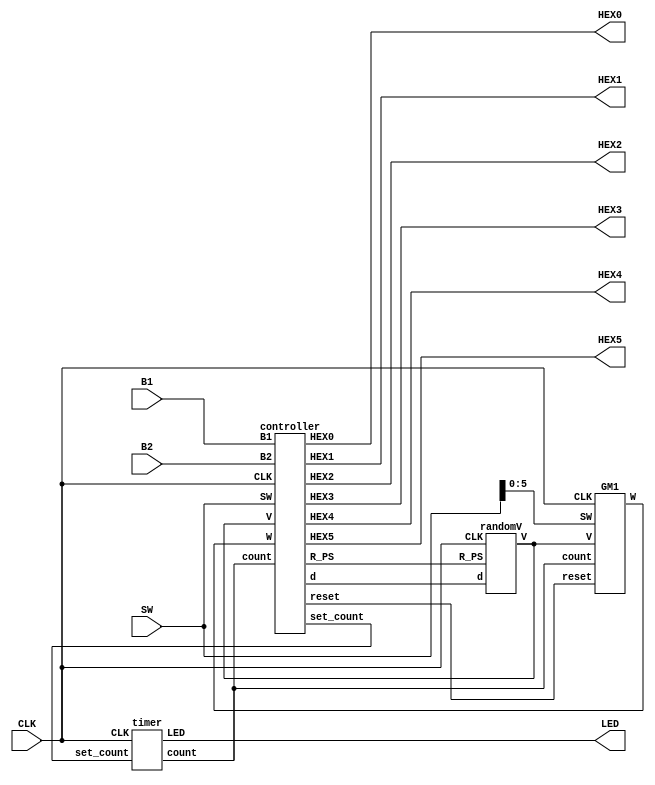
module Game_trinity (SW, B1, B2, CLK, LED, HEX0, HEX1, HEX2, HEX3, HEX4, HEX5);
input [9:0] SW;
input B1, CLK, B2; 
output [0:6] HEX0, HEX1, HEX2, HEX3, HEX4, HEX5;
output [9:0] LED;
wire [17:0] V;
wire [3:0] count, set_count, d;
wire W, sp, R_PS, reset;

randomV vector (R_PS, d, CLK, V);	
timer t (set_count, CLK, count, LED);													//main code
GM1 G (reset, SW[5:0], count, CLK, V, W); 		
controller CC (V, B1, B2, W, CLK, count, SW[9:0], set_count, R_PS, reset, d, HEX0, HEX1, HEX2, HEX3, HEX4, HEX5);

endmodule


module controller(V, B1, B2, W, CLK, count, SW, set_count, R_PS, reset, d, HEX0, HEX1, HEX2, HEX3, HEX4, HEX5);
input [17:0] V;
input [9:0] SW;
input [3:0] count;
input B1, B2, W, CLK;
output reg R_PS, reset;
output reg [3:0] set_count, d;
output reg [0:6] HEX0, HEX1, HEX2, HEX3, HEX4, HEX5;
parameter [2:0] S0 = 3'd0, S1 = 3'd1, S2 = 3'd2, S3 = 3'd3;
reg cp = 0, ON_c, off_c = 0, slow_clk, SCLK, sp = 0, ON_s, off_s = 0, S = 0, T = 0;
reg [3:0] Hscore_1 = 4'd0, Hscore_2 = 4'd0, Hscore_3 = 4'd0, Hscore_4 = 4'd0, read, x, score = 4'd0;
reg [1:0] PS = S0, NS;
integer count_c = 0;
integer count_s = 0;

always @ (score, PS, SW[7], SW[6])
begin 
	if(score == 4'd0 & PS == S0 & SW[7] == 0 & SW[6] == 0) begin x = 4'd2; d = 4'd1; end 		//difficulty - 1  
	else if(score == 4'd0 & PS == S0 & SW[7] == 0 & SW[6] == 1) begin x = 4'd4; d = 4'd2; end	//difficulty - 2		time 
	else if(score == 4'd0 & PS == S0 & SW[7] == 1 & SW[6] == 0) begin x = 4'd6; d = 4'd3; end //difficulty - 3		d determines size of the random vector
	else if(score == 4'd0 & PS == S0 & SW[7] == 1 & SW[6] == 1) begin x = 4'd8; d = 4'd4; end //difficulty - 4		x determines the time
end

always @ (posedge CLK)
if (count != 0)  off_c = 0;				//pulse for count
else
begin 
	if (off_c == 0)  ON_c = 1;
	else ON_c = 0;
	
	if ((ON_c == 1) &&  (count_c <5))  
	begin
	 count_c = count_c +1;
	 cp = 1;
	end
	 else if ( (count_c == 5) && (ON_c == 1)) 
	 begin
	  count_c = 0;
	  cp = 0;
	  off_c = 1;
	 end
end


always @ (posedge CLK)
if (S == 0)  off_s = 0;				//pulse for score(S)
else
begin 
	if (off_s == 0)  ON_s = 1;
	else ON_s = 0;
	
	if ((ON_s == 1) &&  (count_s <5))  
	begin
	 count_s = count_s +1;
	 sp = 1;
	end
	 else if ( (count_s == 5) && (ON_s == 1)) 
	 begin
	  count_s = 0;
	  sp = 0;
	  off_s = 1;
	 end
end


always @ (posedge sp)		//if your score is higher than the highscore it replaces it 
begin
	if(T & d == 1 & Hscore_1 <= score) Hscore_1 = score;
	else if(T & d == 2 & Hscore_2 <= score) Hscore_2 = score;		
	else if(T & d == 3 & Hscore_3 <= score) Hscore_3 = score;
	else if(T & d == 4 & Hscore_4 <= score) Hscore_4 = score;
	else if(!T) score = score + 4'd1; 
	if(T) score = 4'd0;
end

always @ (SW[9], SW[8], Hscore_1, Hscore_2, Hscore_3, Hscore_4)			//determines which highscore to read
begin
	if(SW[9] == 0 & SW[8] == 0) read = Hscore_1;
	else if(SW[9] == 0 & SW[8] == 1) read = Hscore_2;		
	else if(SW[9] == 1 & SW[8] == 0) read = Hscore_3;
	else if(SW[9] == 1 & SW[8] == 1) read = Hscore_4;
end


always @ (V, PS, cp, SW[9:0], B1, W, score, B2, read, x, count)
begin
	case(PS)
	S0: begin																	//state - game is not being played
			set_count = 0;
			R_PS = 0;
			reset = 1;
			S = 0;
			T = 0;
			
			if(B2)
			begin
				HEX0 = 7'h7E; HEX1 = 7'h7E; HEX2 = 7'h7E; HEX3 = 7'h7E; HEX4 = 7'h7E;
				case (score) // HEX5
				0: HEX5 = 7'h01;
				1: HEX5 = 7'h4F;
				2: HEX5 = 7'h12;
				3: HEX5 = 7'h06;
				4: HEX5 = 7'h4C;
				5: HEX5 = 7'h24;
				6: HEX5 = 7'h20;
				7: HEX5 = 7'h0F;
				8: HEX5 = 7'h00;
				9: HEX5 = 7'h04;		
				default: HEX5 = 7'h7F;
				endcase
			end
			
			else if(!B2) begin
				HEX5 = 7'h42; HEX4 = 7'h7E; HEX2 = 7'h7E; HEX1 = 7'h7E; HEX0 = 7'h7E;
				case (read) //HEX3 = "high score";
				0: HEX3 = 7'h01;
				1: HEX3 = 7'h4F;
				2: HEX3 = 7'h12;
				3: HEX3 = 7'h06;
				4: HEX3 = 7'h4C;
				5: HEX3 = 7'h24;
				6: HEX3 = 7'h20;
				7: HEX3 = 7'h0F;
				8: HEX3 = 7'h00;
				9: HEX3 = 7'h04;		
				default: HEX3 = 7'h7F;
				endcase
			end
			
			if(!B1 & !W) NS = S1; else NS = S0;
		 end	
	S1: begin															//game starts										
			set_count = x; //determined by difficulty
			R_PS = 1;
			reset = 0;
			
			case (V[2:0]) //HEX0
			0: HEX0 = 7'h01;
			1: HEX0 = 7'h4F;
			2: HEX0 = 7'h12;
			3: HEX0 = 7'h06;
			4: HEX0 = 7'h4C;
			5: HEX0 = 7'h24;
			6: HEX0 = 7'h20;
			7: HEX0 = 7'h0F;	
			default: HEX0 = 7'h7F;
			endcase

			case (V[5:3])	//HEX1
			0: HEX1 = 7'h01;
			1: HEX1 = 7'h4F;
			2: HEX1 = 7'h12;
			3: HEX1 = 7'h06;
			4: HEX1 = 7'h4C;
			5: HEX1 = 7'h24;
			6: HEX1 = 7'h20;
			7: HEX1 = 7'h0F;		
			default: HEX1 = 7'h7F;
			endcase

			case (V[8:6])	//HEX2
			0: HEX2 = 7'h01;
			1: HEX2 = 7'h4F;
			2: HEX2 = 7'h12;
			3: HEX2 = 7'h06;
			4: HEX2 = 7'h4C;
			5: HEX2 = 7'h24;
			6: HEX2 = 7'h20;
			7: HEX2 = 7'h0F;		
			default: HEX2 = 7'h7F;
			endcase

			case (V[11:9])	//HEX3
			0: HEX3 = 7'h01;
			1: HEX3 = 7'h4F;
			2: HEX3 = 7'h12;
			3: HEX3 = 7'h06;
			4: HEX3 = 7'h4C;
			5: HEX3 = 7'h24;
			6: HEX3 = 7'h20;
			7: HEX3 = 7'h0F;		
			default: HEX3 = 7'h7F;
			endcase

			case (V[14:12])	//HEX4
			0: HEX4 = 7'h01;
			1: HEX4 = 7'h4F;
			2: HEX4 = 7'h12;
			3: HEX4 = 7'h06;
			4: HEX4 = 7'h4C;
			5: HEX4 = 7'h24;
			6: HEX4 = 7'h20;
			7: HEX4 = 7'h0F;		
			default: HEX4 = 7'h7F;
			endcase
			
			case (V[17:15])	//HEX5
			0: HEX5 = 7'h01;
			1: HEX5 = 7'h4F;
			2: HEX5 = 7'h12;
			3: HEX5 = 7'h06;
			4: HEX5 = 7'h4C;
			5: HEX5 = 7'h24;
			6: HEX5 = 7'h20;
			7: HEX5 = 7'h0F;		
			default: HEX5 = 7'h7F;
			endcase
			
			S = 0;
			T = 0;
			if(W) NS = S2;
			if(cp) NS = S3;
		 end
	S2: begin											//WIN state
			set_count = 0;
			R_PS = 0;
			reset = 0;
			HEX0 = 7'h3F; HEX1 = 7'h3F; HEX2 = 7'h3F; HEX3 = 7'h3F; HEX4 = 7'h3F; HEX5 = 7'h3F;				
			S = 1;
			T = 0;
			if(SW[5:0] == 5'd0 & count == 0) NS = S0;
		 end
	S3: begin										//LOSE state
			set_count = 0;
			R_PS = 0;
			reset = 0;
			HEX0 = 7'h77; HEX1 = 7'h77; HEX2 = 7'h77; HEX3 = 7'h77; HEX4 = 7'h77; HEX5 = 7'h77;								
			S = 1;
			T = 1;
			if(SW[5:0] == 5'd0 & count == 0) NS = S0;
		 end
	default: NS = S0;
	endcase
end

always @ (posedge CLK)			//changes the state every clock pulse
begin
	PS <= NS;
end
endmodule


module randomV (R_PS, d, CLK, V);
input R_PS, CLK;
input [3:0] d;
output reg [17:0] V;

reg [3:0] H;
reg [3:0] H0;

reg sclk;
reg [4:0] A = 5'b10000;
reg [3:0] B;
integer count =0;
wire S;

assign S = R_PS;

always @ (posedge CLK)							//slow clock
if (count < 50000000) count = count +1; 
else begin
	count = 0;
	sclk = ~sclk;
end

always @ (posedge sclk) 						//LFSR
begin
	A <= {A[2]^A[0],A[4:1]};
	if (A[4:1] > 4'b1001) B <= A[4:1] - 10; 
	else 
	begin
		B <= A[4:1];
		case (B)
		0: H0 = 4'd0;
		1: H0 = 4'd1;
		2: H0 = 4'd2;
		3: H0 = 4'd3;
		4: H0 = 4'd4;
		5: H0 = 4'd5;
		6: H0 = 4'd6;
		7: H0 = 4'd7;
		8: H0 = 4'd8;
		9: H0 = 4'd9;
		default: H0 = 4'dx;
		endcase
	end
	
	/////////////
	if(!S) H = H0; 	// if true the vector cycles else it stays the same
	////////////

	if (d == 4'd1) //size = 3 d = 1
	begin
		case(H)
		0: V = 18'o000123;
		1: V = 18'o000132;
		2: V = 18'o000213;
		3: V = 18'o000231;
		4: V = 18'o000321;
		5: V = 18'o000312;
		
		6: V = 18'o000312;
		7: V = 18'o000132;
		8: V = 18'o000213;
		9: V = 18'o000231;
		default: V = 18'o000123;
		endcase
	end
	else if (d == 4'd2)  //size = 4 d = 2
	begin
		case(H)
		0: V = 18'o003421;
		1: V = 18'o001234;
		2: V = 18'o001342;
		3: V = 18'o001432;
		4: V = 18'o002413;
		5: V = 18'o002143;
		6: V = 18'o003124;
		7: V = 18'o003214;
		8: V = 18'o004321;
		9: V = 18'o004213;
		default: V = 18'o001234;
		endcase
	end
	else if (d == 4'd3) //size = 5 d = 3
	begin
		case(H)
		0: V = 18'o012345;
		1: V = 18'o014532;
		2: V = 18'o025143;
		3: V = 18'o021354;
		4: V = 18'o032145;
		5: V = 18'o035241;
		6: V = 18'o042513;
		7: V = 18'o043125;
		8: V = 18'o054312;
		9: V = 18'o051243;
		default: V = 18'o012345;
		endcase
	end
	else if (d == 4'd4) //size = 6 d = 4
	begin
		case(H)
		0: V = 18'o124365;
		1: V = 18'o231546;
		2: V = 18'o254631;
		3: V = 18'o342156;
		4: V = 18'o364521;
		5: V = 18'o465312;
		6: V = 18'o412536;
		7: V = 18'o541236;
		8: V = 18'o654321;
		9: V = 18'o621345;
		default: V = 18'o621345;
		endcase
	end
	
end

endmodule



module timer(set_count, CLK, count, LED);
input [3:0] set_count;
input CLK;		
output reg [9:0] LED;
output reg [3:0] count = 4'd0;
integer J = 0;
reg SCLK;


always @ (posedge CLK) 				//slow clock
	if(J < 25000000) J = J+1; 
else 
begin
	J = 0;
	SCLK = ~SCLK;
end 

always @ (posedge SCLK)				//timer count down 
begin 
	count <= set_count;
	if(count != 0) count <= count - 4'd1;
end

always @ (count)				//outputs single for LED's
begin
	case(count)
	10: LED = 10'h3FF;
	9: LED = 10'h1FF;
	8: LED = 10'h0FF;
	7: LED = 10'h07F;
	6: LED = 10'h03F;
	5: LED = 10'h01F;
	4: LED = 10'h00F;
	3: LED = 10'h007;
	2: LED = 10'h003;
	1: LED = 10'h001;
	0: LED = 10'h000;
	default: LED = 10'h111;
	endcase
end
endmodule 


module GM1 (reset, SW, count, CLK, V, W); 
input [5:0] SW; 
input [17:0] V;
input [3:0] count;
input CLK, reset;
output reg W = 0;                  
reg ap, bp, cp, dp, ep, fp, sp;
reg [2:0] Y;
reg [2:0] A=0, B=0, C=0, D=0, E=0, F=0;
wire [17:0] SET;
wire S;

reg slow_clk;
integer j =0;

integer count_a = 0, count_b = 0, count_c = 0, count_d = 0, count_e = 0, count_f = 0, count_s = 0;
reg  ON_a, ON_b, ON_c, ON_d, ON_e, ON_f, ON_s;																			//pulse values
reg off_a = 0, off_b = 0, off_c = 0, off_d = 0, off_e = 0, off_f = 0, off_s = 0;


always @ (posedge CLK)						//slow clock
if (j < 2800000) j = j+1; 
else begin
j = 0;											
slow_clk = ~ slow_clk;
end

always @ ( posedge slow_clk)
if (SW[0] == 0)  off_a = 0;				//pulse for sw0
else
begin 
	if (off_a == 0)  ON_a = 1;
	else ON_a = 0;
	
	if ((ON_a == 1) &&  (count_a <5))  
	begin
	 count_a = count_a +1;
	 ap = 1;
	end
	 else if ( (count_a == 5) && (ON_a == 1)) 
	 begin
	  count_a = 0;
	  ap = 0;
	  off_a = 1;
	 end
	end

always @ ( posedge slow_clk)
if (SW[1] == 0)  off_b = 0;				//pulse for sw1
else
begin 
	if (off_b == 0)  ON_b = 1;
	else ON_b = 0;
	
	if ((ON_b == 1) &&  (count_b <5))  
	begin
	 count_b = count_b +1;
	 bp = 1;
	end
	 else if ( (count_b == 5) && (ON_b == 1)) 
	 begin
	  count_b = 0;
	  bp = 0;
	  off_b = 1;
	 end
end


always @ ( posedge slow_clk)				//pulse for sw2
if (SW[2] == 0)  off_c = 0;
else
begin 
	if (off_c == 0)  ON_c = 1;
	else ON_c = 0;
	
	if ((ON_c == 1) &&  (count_c <5))  
	begin
	 count_c = count_c +1;
	 cp = 1;
	end
	 else if ( (count_c == 5) && (ON_c == 1)) 
	 begin
	  count_c = 0;
	  cp = 0;
	  off_c = 1;
	 end
end


always @ ( posedge slow_clk)				//pulse for sw3
if (SW[3] == 0)  off_d = 0;
else
begin 
	if (off_d == 0)  ON_d = 1;
	else ON_d = 0;
	
	if ((ON_d == 1) &&  (count_d <5))  
	begin
	 count_d = count_d +1;
	 dp = 1;
	end
	 else if ( (count_d == 5) && (ON_d == 1)) 
	 begin
	  count_d = 0;
	  dp = 0;
	  off_d = 1;
	 end
end


always @ ( posedge slow_clk)				//pulse for sw4
if (SW[4] == 0)  off_e = 0;
else
begin 
	if (off_e == 0)  ON_e = 1;
	else ON_e = 0;
	
	if ((ON_e == 1) &&  (count_e <5))  
	begin
	 count_e = count_e +1;
	 ep = 1;
	end
	 else if ( (count_e == 5) && (ON_e == 1)) 
	 begin
	  count_e = 0;
	  ep = 0;
	  off_e = 1;
	 end
end


always @ ( posedge slow_clk)				//pulse for sw5
if (SW[5] == 0)  off_f = 0;
else
begin 
	if (off_f == 0)  ON_f = 1;
	else ON_f = 0;
	
	if ((ON_f == 1) &&  (count_f <5))  
	begin
	 count_f = count_f +1;
	 fp = 1;
	end
	 else if ( (count_f == 5) && (ON_f == 1)) 
	 begin
	  count_f = 0;
	  fp = 0;
	  off_f = 1;
	 end
end


always @ (A, B, C, D, E, F)
begin
	if(A < F & B < F & C < F & D < F & E < F) Y = F;
	else if(A < E & B < E & C < E & D < E & F < E) Y = E;
	else if(A < D & B < D & C < D & E < D & F < D) Y = D;		
	else if(A < C & B < C & E < C & D < C & F < C) Y = C;		//compare values and outputs highest value 
	else if(A < B & E < B & C < B & D < B & F < B) Y = B;
	else if(E < A & B < A & C < A & D < A & F < A) Y = A;
	else Y = A; 
end


always @ (posedge ap or posedge reset)
begin
	if(reset) A = 0; else A = Y + 3'b001;						//pulse adder sw0
end

always @ (posedge bp or posedge reset)
begin
	if(reset) B = 0; else B = Y + 3'b001;						//pulse adder sw1
end

always @ (posedge cp or posedge reset)
begin
	if(reset) C = 0; else C = Y + 3'b001;						//pulse adder sw2
end

always @ (posedge dp or posedge reset)
begin
	if(reset) D = 0; else D = Y + 3'b001;						//pulse adder sw3		
end

always @ (posedge ep or posedge reset)
begin
	if(reset) E = 0; else E = Y + 3'b001; 						//pulse adder sw4
end

always @ (posedge fp or posedge reset)
begin
	if(reset) F = 0; else F = Y + 3'b001;						//pulse adder sw5
end

assign SET = {F,E,D,C,B,A};

assign S = (SET[17:0] == V[17:0]);					//test who wins



always @ ( posedge CLK or negedge S)
if (S == 0)  off_s = 0;								//pulse for S  
else														//if a person matches the combination- 1 single is outputed
begin 
	if (off_s == 0)  ON_s = 1;
	else ON_s = 0;
	
	if ((ON_s == 1) &&  (count_s <5))  
	begin
	 count_s = count_s +1;
	 sp = 1;
	end
	 else if ( (count_s == 5) && (ON_s == 1)) 
	 begin
	  count_s = 0;
	  sp = 0;
	  off_s = 1;
	 end
	end

always @ (posedge sp or posedge reset)
begin
	if(reset) W = 0;
	else if(count != 0) W = 1; 			//pulse S checker  
end												// checks if the person won before time ran out
	
endmodule